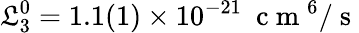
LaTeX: \mathfrak{L}_{3}^{0}=1.1(1)\times10^{-21}~\mathrm{{~c~m~}}^{6}/\mathrm{{~s~}}